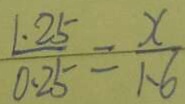
\frac { 1 . 2 5 } { 0 . 2 5 } = \frac { x } { 1 . 6 }